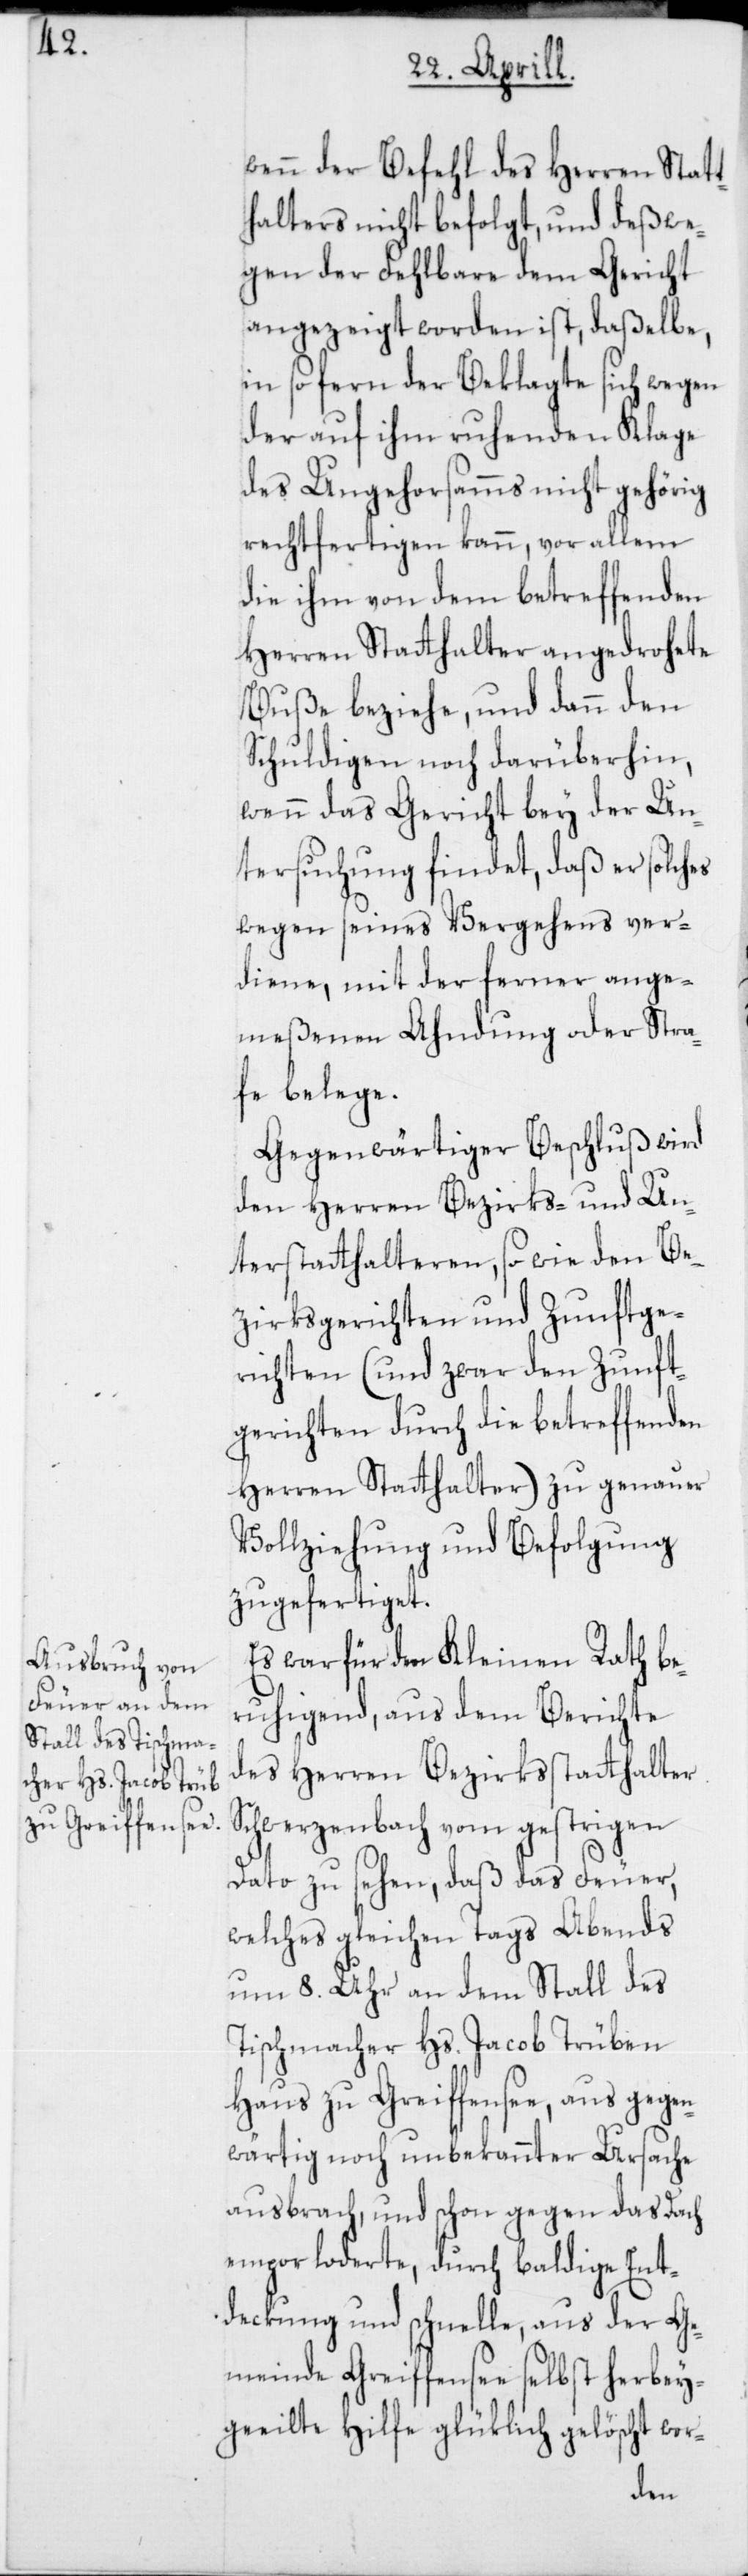
wenn der Befehl des Herren Statt¬
halters nicht befolgt, und deßwe¬
gen der Fehlbare dem Gericht
angezeigt worden ist, daßelbe,
in so fern der Beklagte sich wegen
der auf ihm ruhenden Klage
des Ungehorsamms nicht gehörig
rechtfertigen kann, vor allem
die ihm von dem betreffenden
Herren Stathalter angedrohete
Buße beziehe, und dann den
Schuldigen noch darüberhin,
wenn das Gericht bey der Un¬
tersuchung findet, daß er solches
wegen seines Vergehens ver¬
diene, mit der ferner ange¬
meßenen Ahndung oder Stra¬
fe belege.
Gegenwärtiger Beschluß wird
den Herren Bezirks- und Un¬
terstatthalteren, so wie den Be¬
zirksgerichten und Zunftge¬
richten (und zwar den Zunft¬
gerichten durch die betreffenden
Herren Stathalter) zu genauer
Vollziehung und Befolgung
zugefertiget.
Es war für den Kleinen Rath be¬
ruhigend, aus dem Berichte
des Herren Bezirksstatthalter
Schwerzenbach vom gestrigen
Dato zu sehen, daß das Feuer,
welche gleichen Tags abends
um 8. Uhr an dem Stall des
Tischmacher Hs. Jacob Trüben
Haus zu Greiffensee, aus gegen¬
wärtig noch unbekannter Ursache
ausbrach, und schon gegen das Dach
empor loderte, durch baldige Ent¬
deckung und schnelle, aus der Ge¬
meinde Greiffensee selbst herbey¬
geeilte Hilfe glüklich gelöscht wor-